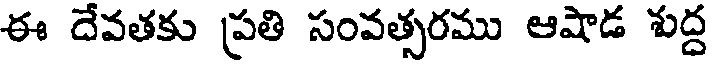
ఈ దేవతకు ప్రతి సంవత్సరము ఆషాడ శుద్ద